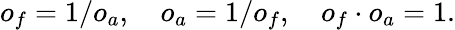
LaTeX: o_{f}=1/o_{a},\quad o_{a}=1/o_{f},\quad o_{f}\cdot o_{a}=1.